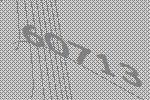
60713